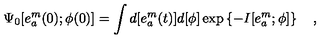
\Psi _ { 0 } [ e _ { a } ^ { m } ( 0 ) ; \phi ( 0 ) ] = \int d [ e _ { a } ^ { m } ( t ) ] d [ \phi ] \exp \left\{ - I [ e _ { a } ^ { m } ; \phi ] \right\} \quad ,